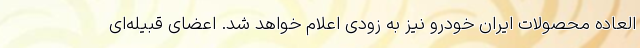
العاده محصولات ایران خودرو نیز به زودی اعلام خواهد شد. اعضای قبیله‌ای